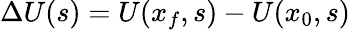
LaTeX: \Delta U(s)=U(x_{f},s)-U(x_{0},s)